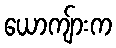
ယောကျ်ားက